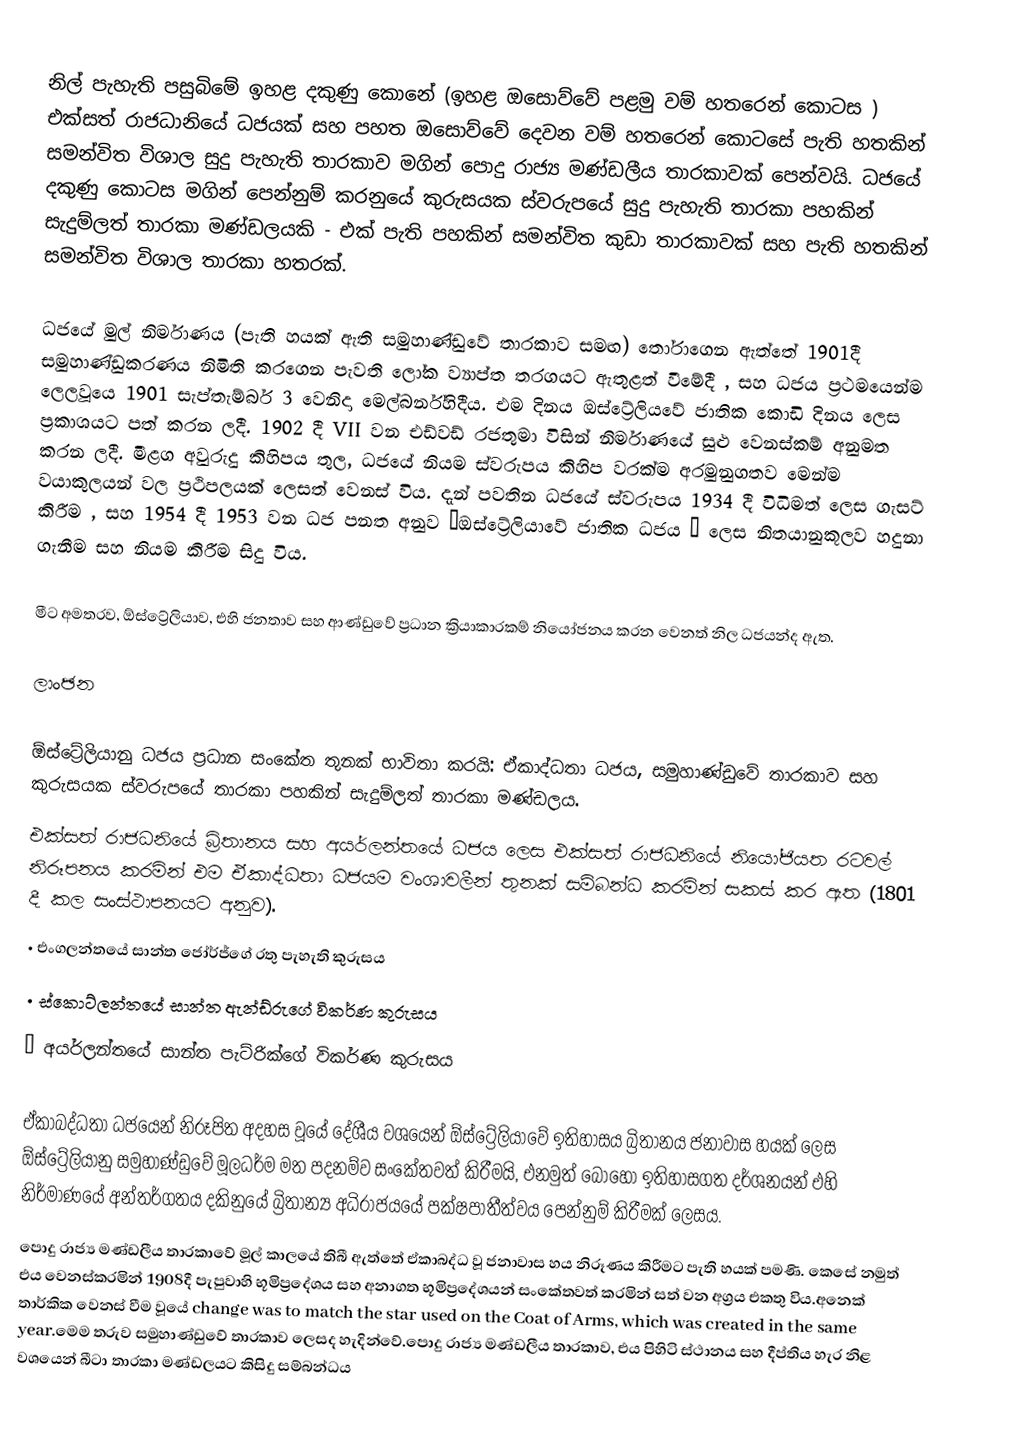
නිල් පැහැති පසුබිමේ ඉහළ දකුණු කොනේ (ඉහළ ඔසොව්වේ පළමු වම් හතරෙන් කොටස ) එක්සත් රාජධානියේ ධජයක්  සහ පහත ඔසොව්වේ දෙවන වම් හතරෙන් කොටසේ පැති හතකින් සමන්විත විශාල සුදු පැහැති තාරකාව  මගින් පොදු රාජ්‍ය මණ්ඩලීය තාරකාවක් පෙන්වයි. ධජයේ දකුණු කොටස මගින් පෙන්නුම් කරනුයේ  කුරුසයක ස්වරුපයේ සුදු පැහැති තාරකා පහකින් සැදුම්ලත් තාරකා මණ්ඩලයකි - එක් පැති පහකින් සමන්විත කුඩා තාරකාවක් සහ පැති හතකින් සමන්විත විශාල තාරකා හතරක්.

ධජයේ මුල් නිර්මාණය (පැති හයක් ඇති සමුහාණ්ඩුවේ තාරකාව සමඟ) තෝරාගෙන ඇත්තේ 1901දී සමුහාණ්ඩුකරණය නිමිති කරගෙන පැවති ලෝක ව්‍යාප්ත තරගයට ඇතුළත් වීමේදී , සහ ධජය ප්‍රථමයෙන්ම ලෙලවූයෙ 1901 සැප්තැම්බර් 3 වෙනිදා මෙල්බර්න්හිදීය. එම දිනය ඔස්ට්‍රේලියවේ ජාතික කොඩි දිනය ලෙස ප්‍රකාශයට පත් කරන ලදී. 1902 දී VII වන එඩ්වඩ් රජතුමා විසින් නිර්මාණයේ සුළු වෙනස්කම් අනුමත කරන ලදී. මීළග අවුරුදු කිහිපය තුල, ධජයේ නියම ස්වරුපය කිහිප වරක්ම අරමුනුගතව මෙන්ම වයාකුලයන් වල ප්‍රථිපලයක් ලෙසත් වෙනස් විය. දැන් පවතින ධජයේ ස්වරුපය 1934 දී විධිමත් ලෙස ගැසට් කිරීම , සහ 1954 දී 1953 වන ධජ පනත අනුව “ඔස්ට්‍රේලියාවේ ජාතික ධජය ” ලෙස නිතයානුකූලව හදුනා ගැනීම සහ නියම කිරීම සිදු විය.

මීට අමතරව, ඕස්ට්‍රේලියාව, එහි ජනතාව සහ ආණ්ඩුවේ ප්‍රධාන ක්‍රියාකාරකම් නියෝජනය කරන වෙනත් නිල ධජයන්ද ඇත.

ලාංඡන

ඕස්ට්‍රේලියානු ධජය ප්‍රධාන සංකේත තුනක් භාවිතා කරයි: ඒකාද්ධතා ධජය,  සමුහාණ්ඩුවේ තාරකාව සහ කුරුසයක ස්වරුපයේ තාරකා පහකින් සැදුම්ලත් තාරකා මණ්ඩලය.
එක්සත් රාජධනියේ බ්‍රිතාන‍‍‍‍ය සහ අයර්ලන්තයේ ධජය ලෙස එක්සත් රාජධනියේ නියෝජියත රටවල් නිරූපනය කරමින් එම ඒකාද්ධතා ධජයම වංශාවලීන් තුනක් සම්බන්ධ කරමින් සකස් කර ඇත (1801 දී කල සංස්ථාපනයට අනුව).
•	එංගලන්තයේ සාන්ත ජෝර්ජ්ගේ රතු පැහැති කුරුසය
•	ස්කොට්ලන්තයේ සාන්ත ඇන්ඩ්රුගේ විකර්ණ කුරුසය
•	අයර්ලන්තයේ සාන්ත පැට්රික්ගේ විකර්ණ කුරුසය

ඒකාබද්ධතා ධජයෙන් නිරූපිත අදහස වූයේ දේශීය වශයෙන් ඕස්ට්‍රේලියාවේ ඉතිහාසය බ්‍රිතාන‍‍‍‍‍ය ජනාවාස හයක් ලෙස ඕස්ට්‍රේලියානු සමුහාණ්ඩුවේ මූලධර්ම මත පදනම්ව සංකේතවත් කිරීමයි, එනමුත් බොහෝ ඉතිහාසගත දර්ශනයන් එහි නිර්මාණයේ අන්තර්ගතය දකිනුයේ බ්‍රිතාන්‍ය  අධිරාජ‍‍‍යයේ පක්ෂපාතීත්වය පෙන්නුම් කිරීමක් ලෙසය.
පොදු රාජ්‍ය මණ්ඩලීය තාරකාවේ මූල් කාලයේ තිබී ඇත්තේ ඒකාබද්ධ වූ ජනාවාස හය නිරූණය කිරීමට පැති හයක් පමණි. කෙසේ නමුත් එය වෙනස්කරමින් 1908දී පැපුවාහි භූමිප්‍රදේශය සහ අනාගත භූමිප්‍රදේශයන් සංකේතවත් කරමින් සත් වන අග්‍රය එකතු විය.අනෙක් තාර්කික වෙනස් වීම වූයේ change was to match the star used on the Coat of Arms, which was created in the same year.මෙම තරුව සමුහාණ්ඩුවේ තාරකාව ලෙසද හැදින්වේ.පොදු රාජ්‍ය මණ්ඩලීය තාරකාව, එය පිහිටි ස්ථානය සහ දීප්තිය හැර නිළ වශයෙන් බීටා තාරකා මණ්ඩලයට කිසිදු සම්බන්ධය